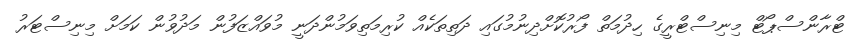
ޓްރާންސްޕޯޓް މިނިސްޓްރީގެ ހިދުމަތް ފޯރުކޮށްދިނުމުގައި ދަތިތަކެއް ކުރިމަތިވަމުންދަނީ މުވައްޒަފުން މަދުވުން ކަމަށް މިނިސްޓަރު